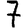
Digit: 7